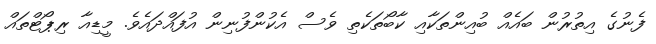
ފެނުގެ އިތުރުން ބައެއް ބުއިންތަކާއި ކާބޯތަކެތި ވެސް އެކުންފުނިން އުފައްދައެވެ. މީޑިއާ ރިޕޯޓްތައް